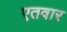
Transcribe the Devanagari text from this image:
एतवार